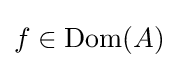
f\in \operatorname {Dom} (A)